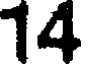
14